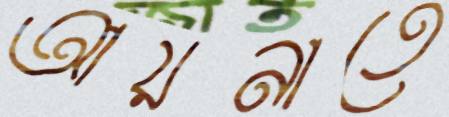
আয়নাতে